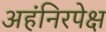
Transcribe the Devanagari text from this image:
अहंनिरपेक्ष